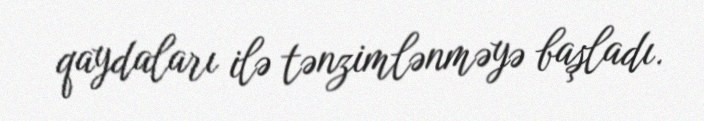
qaydaları ilə tənzimlənməyə başladı.